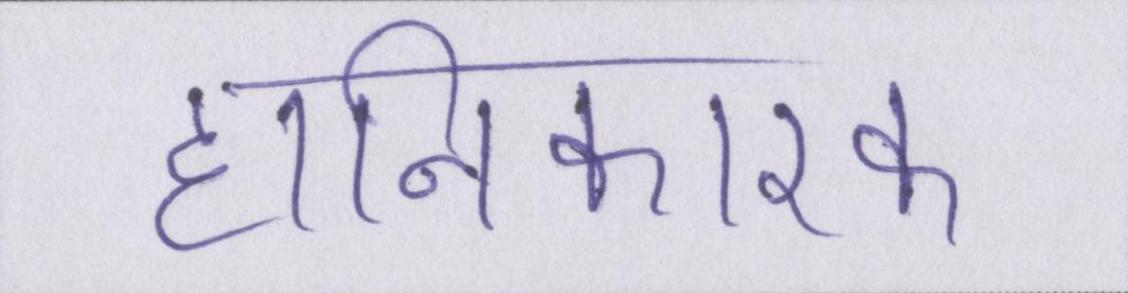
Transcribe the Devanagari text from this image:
हानिकारक